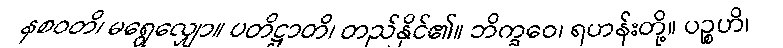
နစဝတိ၊ မရွေလျှော။ ပတိဋ္ဌာတိ၊ တည်နိုင်၏။ ဘိက္ခဝေ၊ ရဟန်းတို့။ ပဉ္စဟိ၊